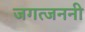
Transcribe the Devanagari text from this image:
जगत्जननी